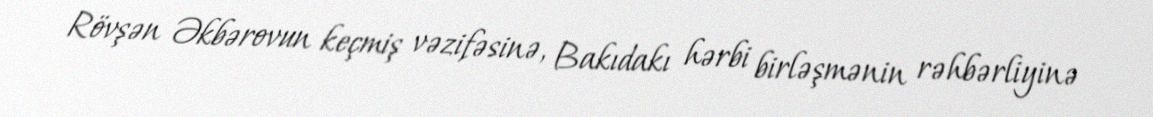
Rövşən Əkbərovun keçmiş vəzifəsinə, Bakıdakı hərbi birləşmənin rəhbərliyinə